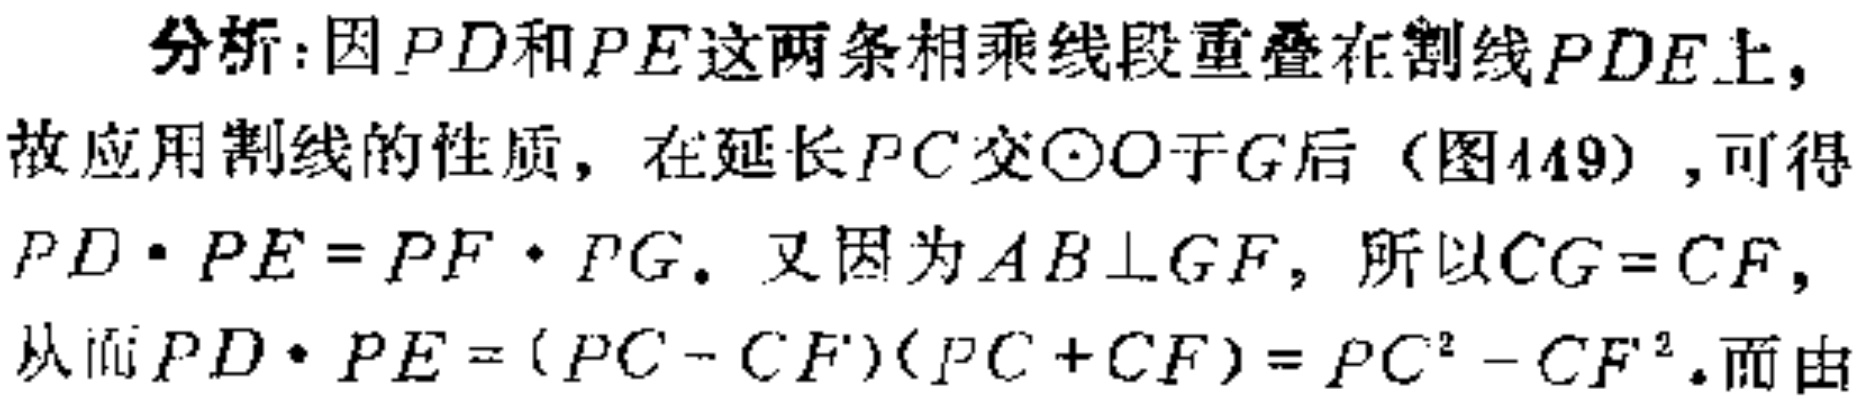
分析：因\(PD\)和\(PE\)这两条相乘线段重叠在割线\(PDE\)上，故应用割线的性质，在延长\(PC\)交\(\odot O\)于\(G\)后（图449），可得\(PD\cdot PE = PF\cdot PG\)。又因为\(AB\perp GF\)，所以\(CG = CF\)，从而\(PD\cdot PE = (PC - CF)(PC + CF)=PC^{2}-CF^{2}\)。而由